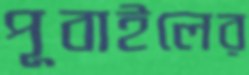
পূবাইলের